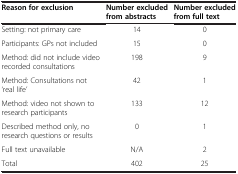
<table><thead><tr><td><b>Reason for exclusion</b></td><td><b>Number excluded from abstracts</b></td><td><b>Number excluded from full text</b></td></tr></thead><tbody><tr><td>Setting: not primary care</td><td>14</td><td>0</td></tr><tr><td>Participants: GPs not included</td><td>15</td><td>0</td></tr><tr><td>Method: did not include video recorded consultations</td><td>198</td><td>9</td></tr><tr><td>Method: Consultations not ‘real life’</td><td>42</td><td>1</td></tr><tr><td>Method: video not shown to research participants</td><td>133</td><td>12</td></tr><tr><td>Described method only, no research questions or results</td><td>0</td><td>1</td></tr><tr><td>Full text unavailable</td><td>N/A</td><td>2</td></tr><tr><td>Total</td><td>402</td><td>25</td></tr></tbody></table>